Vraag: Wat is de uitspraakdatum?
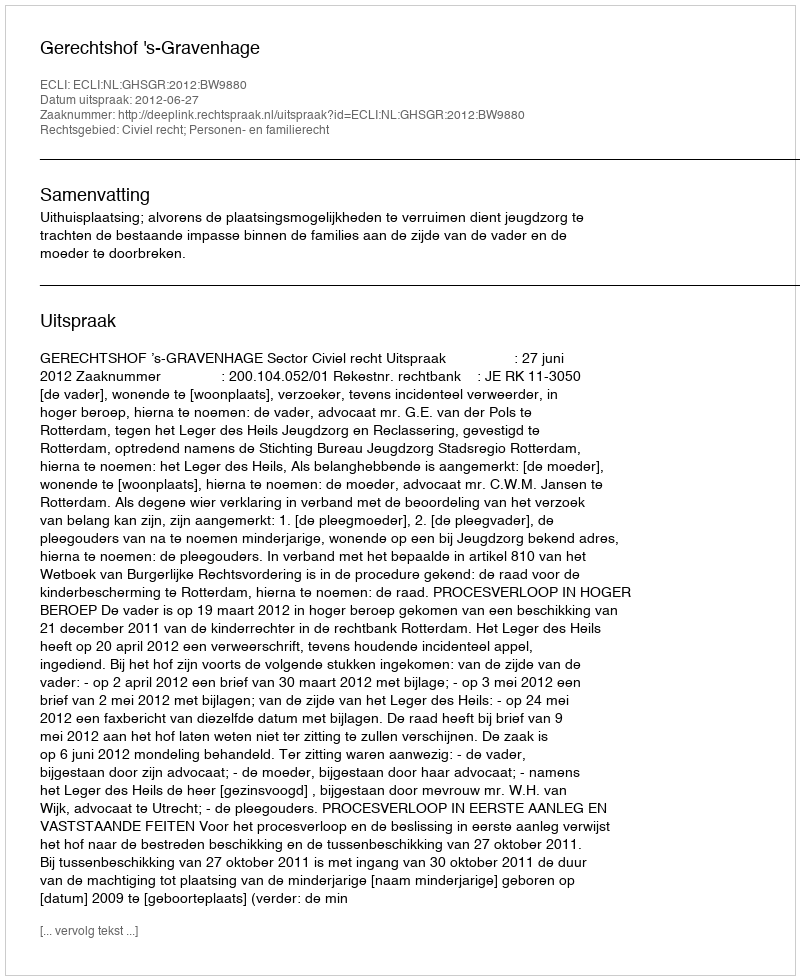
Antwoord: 2012-06-27